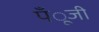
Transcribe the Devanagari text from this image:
पँूजी